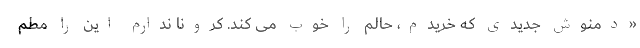
«دمنوش جدیدی که خریدم، حالم را خوب می کند. کرونا ندارم این را مطم